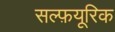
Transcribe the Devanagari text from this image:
सल्फ़यूरिक